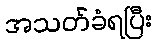
အသတ်ခံရပြီး